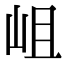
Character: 岨